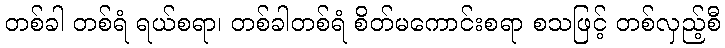
တစ်ခါ တစ်ရံ ရယ်စရာ၊ တစ်ခါတစ်ရံ စိတ်မကောင်းစရာ စသဖြင့် တစ်လှည့်စီ